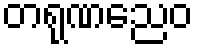
တရုဏညေဝ